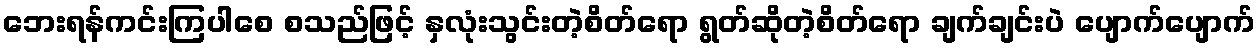
ဘေးရန်ကင်းကြပါစေ စသည်ဖြင့် နှလုံးသွင်းတဲ့စိတ်ရော ရွတ်ဆိုတဲ့စိတ်ရော ချက်ချင်းပဲ ပျောက်ပျောက်